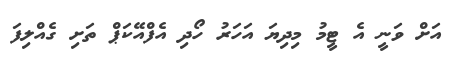
އަށް ވަނީ އެ ޓީމު މިދިޔަ އަހަރު ހޯދި އެފްއޭކަޕް ތަށި ގެއްލިފަ